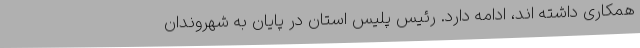
همکاری داشته اند، ادامه دارد. رئیس پلیس استان در پایان به شهروندان